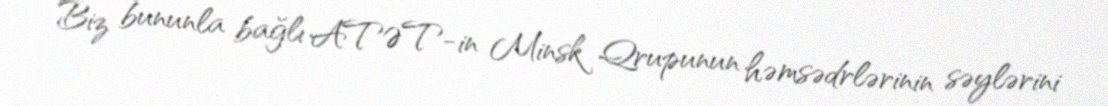
Biz bununla bağlı ATƏT-in Minsk Qrupunun həmsədrlərinin səylərini